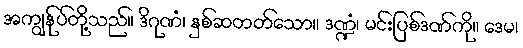
အကျွန်ုပ်တို့သည်။ ဒိဂုဏံ၊ နှစ်ဆတတ်သော။ ဒဏ္ဍံ၊ မင်းပြစ်ဒဏ်ကို။ ဒေမ၊